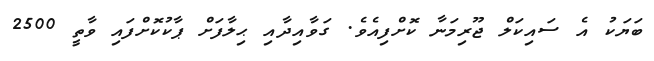
ބަޔަކު އެ ސައިކަލް ޖޫރިމަނާ ކޮށްފިއެވެ. ގަވާއިދާއި ޙިލާފަށް ޕާކުކޮށްފައި ވާތީ 2500